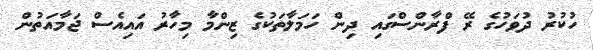
ހުކުރު ދުވަހުގެ ރޭ ފްރާންސްގައި ދިން ހަމަލާތަކުގެ ޒިންމާ މިހާރު އައިއެސް ޖަމާއަތުން